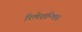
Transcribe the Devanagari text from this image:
रिलेशन्षिप